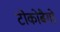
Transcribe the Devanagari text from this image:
टोकोबैगो